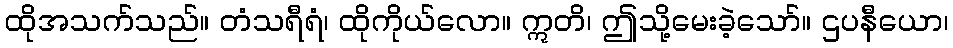
ထိုအသက်သည်။ တံသရီရံ၊ ထိုကိုယ်လော။ ဣတိ၊ ဤသို့မေးခဲ့သော်။ ဌပနီယော၊